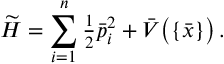
\widetilde { H } = \sum _ { i = 1 } ^ { n } { \textstyle \frac { 1 } { 2 } } \bar { p } _ { i } ^ { 2 } + \bar { V } \big ( \{ \bar { x } \} \big ) \, .